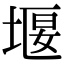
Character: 堰